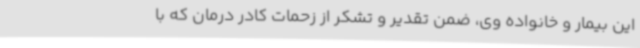
این بیمار و خانواده وی، ضمن تقدیر و تشکر از زحمات کادر درمان که با